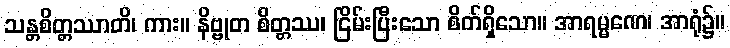
သန္တစိတ္တဿာတိ၊ ကား။ နိဗ္ဗုတ စိတ္တဿ၊ ငြိမ်းပြီးသော စိတ်ရှိသော။ အာရမ္မဏေ၊ အာရုံ၌။